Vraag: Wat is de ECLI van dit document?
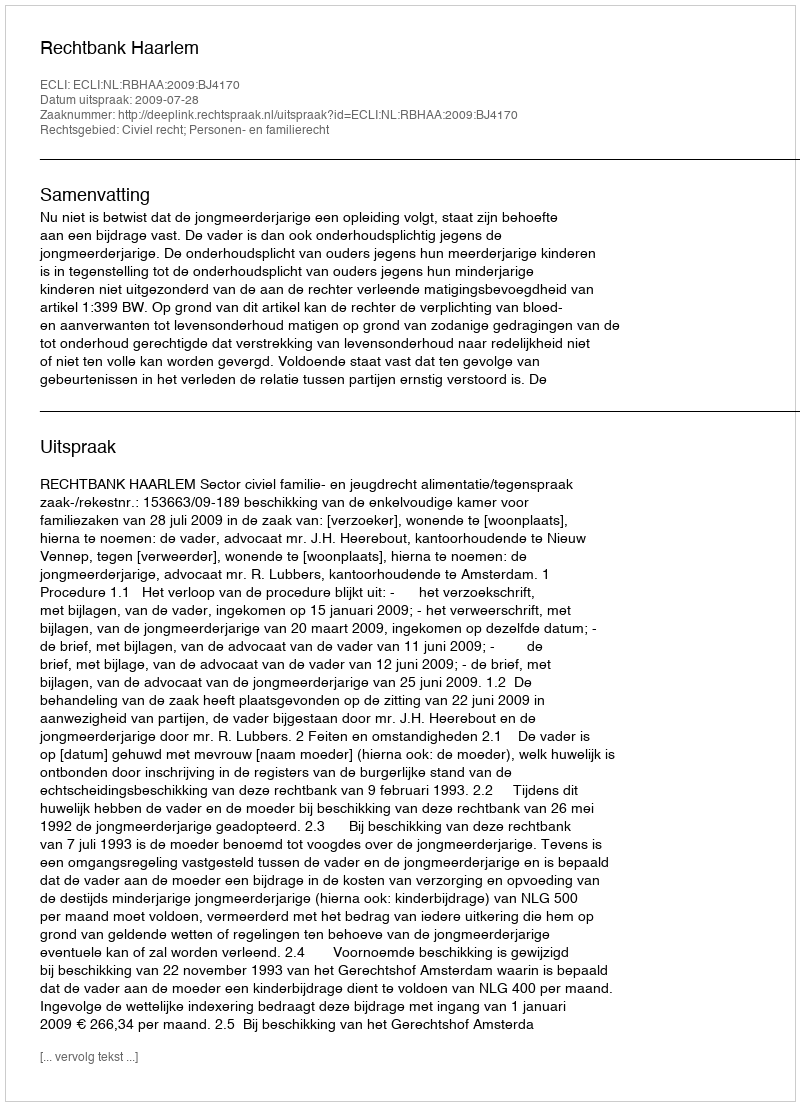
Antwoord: ECLI:NL:RBHAA:2009:BJ4170